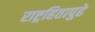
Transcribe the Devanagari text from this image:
राष्ट्रहितापुढे